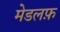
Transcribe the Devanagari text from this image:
मेडलफ़